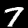
Label: 7